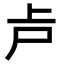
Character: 𠧕